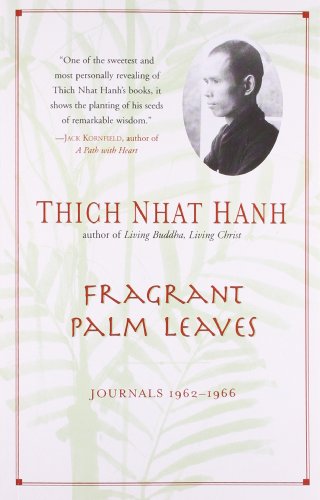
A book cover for Fragrant Palm Leaves: Journals, 1962-1966; Thich Nhat Hanh; Travel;